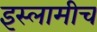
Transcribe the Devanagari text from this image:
इस्लामीच